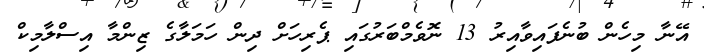
އޭނާ މިހެން ބުނެފައިވާއިރު 13 ނޮވެމްބަރުގައި ޕެރިހަށް ދިން ހަމަލާގެ ޒިންމާ އިސްލާމިކް